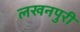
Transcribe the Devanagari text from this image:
लखनपुरी